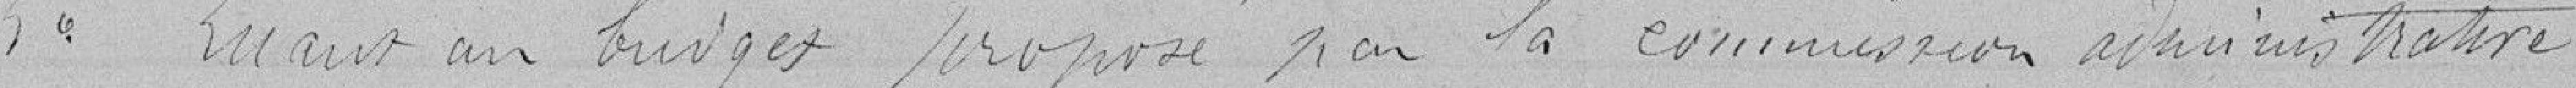
5e Quand au budget proposé par la commission administrative